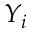
Y _ { i }